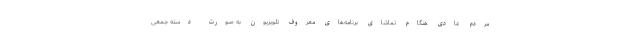
مردم عادی هنگام تماشای برنامه‌های معروف تلویزیون به صورت دسته جمعی